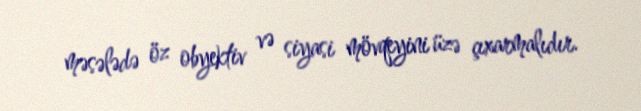
məsələdə öz obyektiv və siyasi mövqeyini üzə çıxarmalıdır.